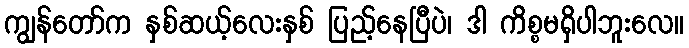
ကျွန်တော်က နှစ်ဆယ့်လေးနှစ် ပြည့်နေပြီပဲ၊ ဒါ ကိစ္စမရှိပါဘူးလေ။